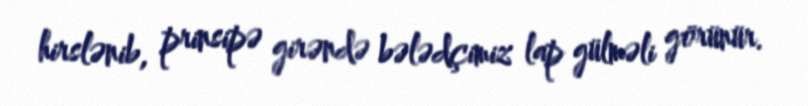
hirslənib, prinsipə girəndə bələdçimiz lap gülməli görünür.